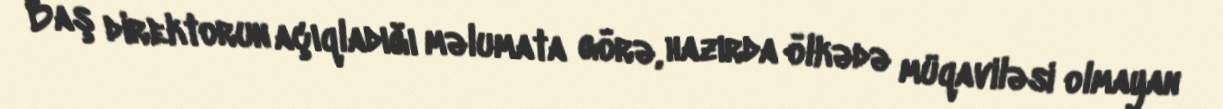
Baş direktorun açıqladığı məlumata görə, hazırda ölkədə müqaviləsi olmayan